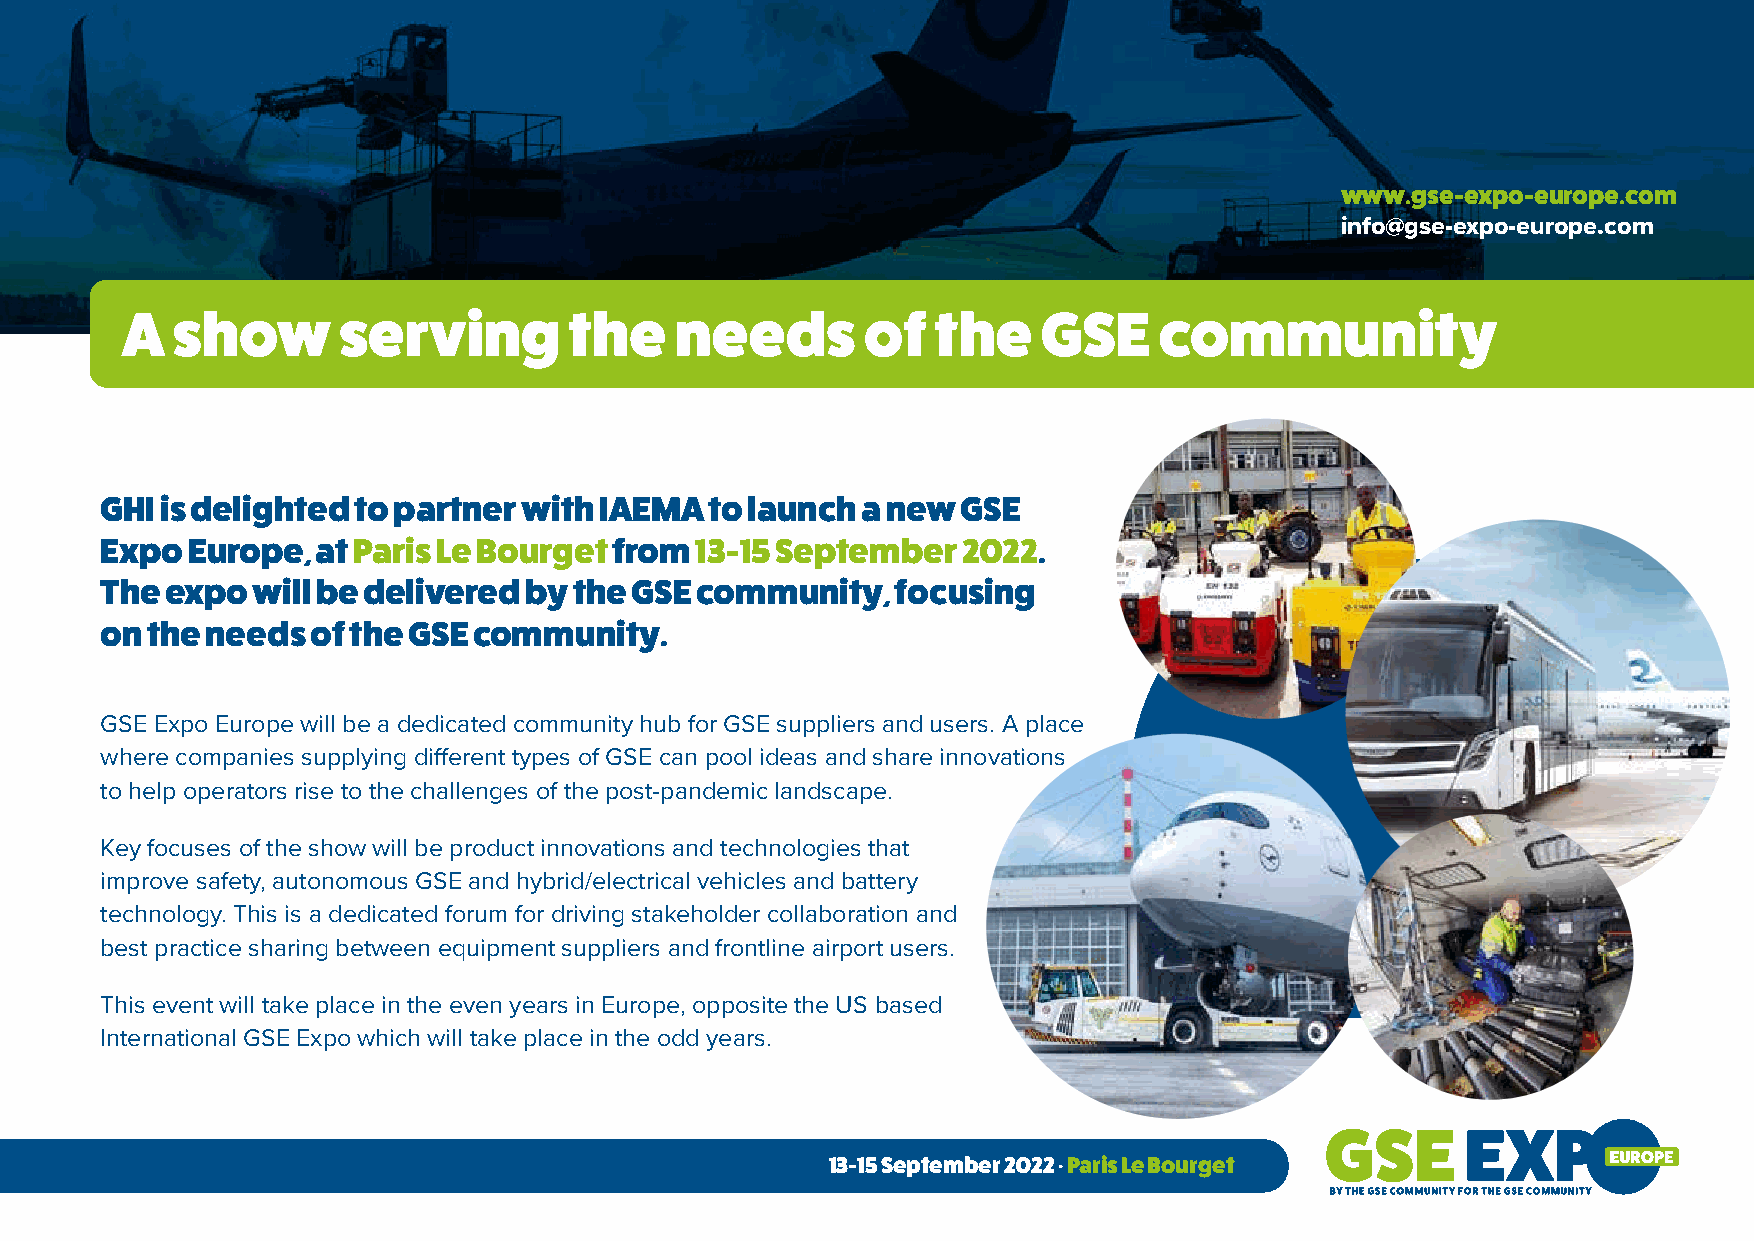
www.gse-expo-europe.com
 info@gse-expo-europe.com
 A  show       serving         the    needs       of   the    GSE     community
 GHI is delighted to partner with IAEMA  to launch a new  GSE
 Expo Europe,  at Paris Le Bourget from 13-15 September   2022.
 The expo  will be delivered by the GSE community,   focusing
 on the needs  of the GSE community.
 GSE Expo Europe will be a dedicated community hub for GSE suppliers and users. A place
 where companies supplying different types of GSE can pool ideas and share innovations
 to help operators rise to the challenges of the post-pandemic landscape.
 Key focuses of the show will be product innovations and technologies that
 improve safety, autonomous GSE and hybrid/electrical vehicles and battery
 technology. This is a dedicated forum for driving stakeholder collaboration and
 best practice sharing between equipment suppliers and frontline airport users.
 This event will take place in the even years in Europe, opposite the US based
 International GSE Expo which will take place in the odd years.
 13-15 September 2022 . Paris Le Bourget